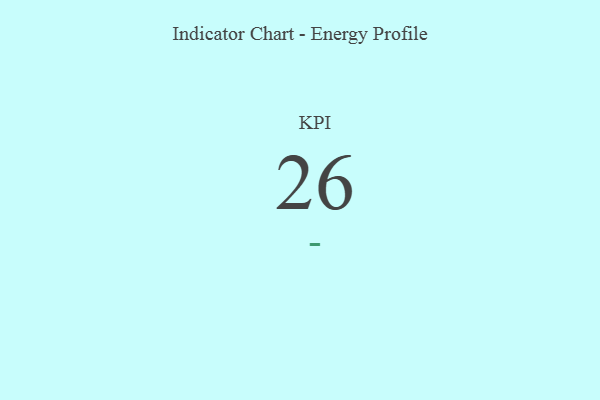
{"axis": {"x": "KPI", "y": "Value"}, "legend": [""], "data": [{"x": "KPI", "y": 26, "type": ""}]}